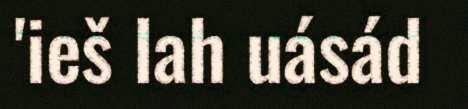
'ieš lah uásád